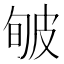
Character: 𤿟